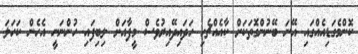
ކޮންމެގަޑިއެއްގައި އޭނަ ބޭނުންގޮތަކަށް ކާއެއްޗެހި ހަދައިދޭއިރުވެސް މީފާއަށް ލިބިފައި ހުންނަނީ އެހެން ކަހަލަ